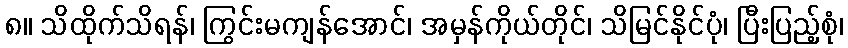
၈။ သိထိုက်သိရန်၊ ကြွင်းမကျန်အောင်၊ အမှန်ကိုယ်တိုင်၊ သိမြင်နိုင်ပုံ၊ ပြီးပြည့်စုံ၊